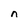
Character: n